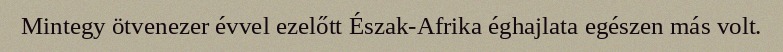
Mintegy ötvenezer évvel ezelőtt Észak-Afrika éghajlata egészen más volt.